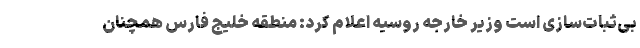
بی‌ثبات‌سازی است وزیر خارجه روسیه اعلام کرد: منطقه خلیج فارس همچنان